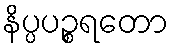
နိပ္ပပဉ္စရတော